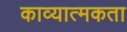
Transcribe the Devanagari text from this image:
काव्‍यात्‍मकता